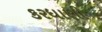
કરધાણી